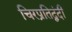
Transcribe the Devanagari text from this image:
चिरप्रतिद्वंदी